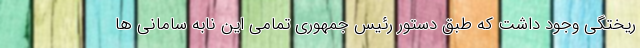
ریختگی وجود داشت که طبق دستور رئیس جمهوری تمامی این نابه سامانی ها